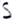
Text: S